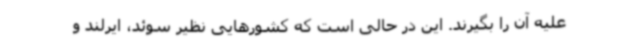
علیه آن را بگیرند. این در حالی است که کشورهایی نظیر سوئد، ایرلند و